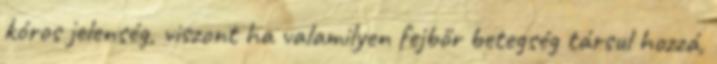
kóros jelenség, viszont ha valamilyen fejbőr betegség társul hozzá,